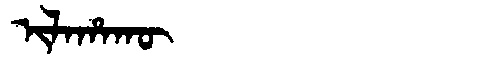
Manchu: ᡳᠯᠠᡥᠠᡴᡡ
Romanization: ILAHAKŪ